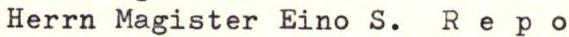
Herrn Magister Eino S. Repo